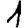
Digit: 1